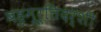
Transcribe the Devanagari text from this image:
बहुमूर्तिदर्शी